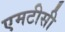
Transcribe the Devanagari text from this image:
एमटीसी